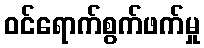
ဝင်ရောက်စွက်ဖက်မှု